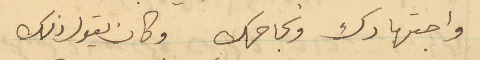
واجتهادك ونجاحك وكان يقول ذلك